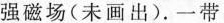
强磁场(未画出).一带